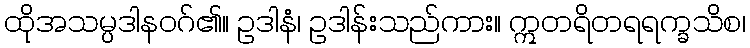
ထိုအသမ္ပဒါနဝဂ်၏။ ဥဒါနံ၊ ဥဒါန်းသည်ကား။ ဣတရိတရရက္ခသိစ၊